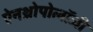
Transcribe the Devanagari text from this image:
ऐनथ्रोपोलॉजी